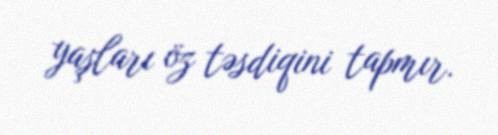
yaşları öz təsdiqini tapmır.